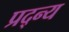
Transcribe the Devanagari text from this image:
प्रद्न्य